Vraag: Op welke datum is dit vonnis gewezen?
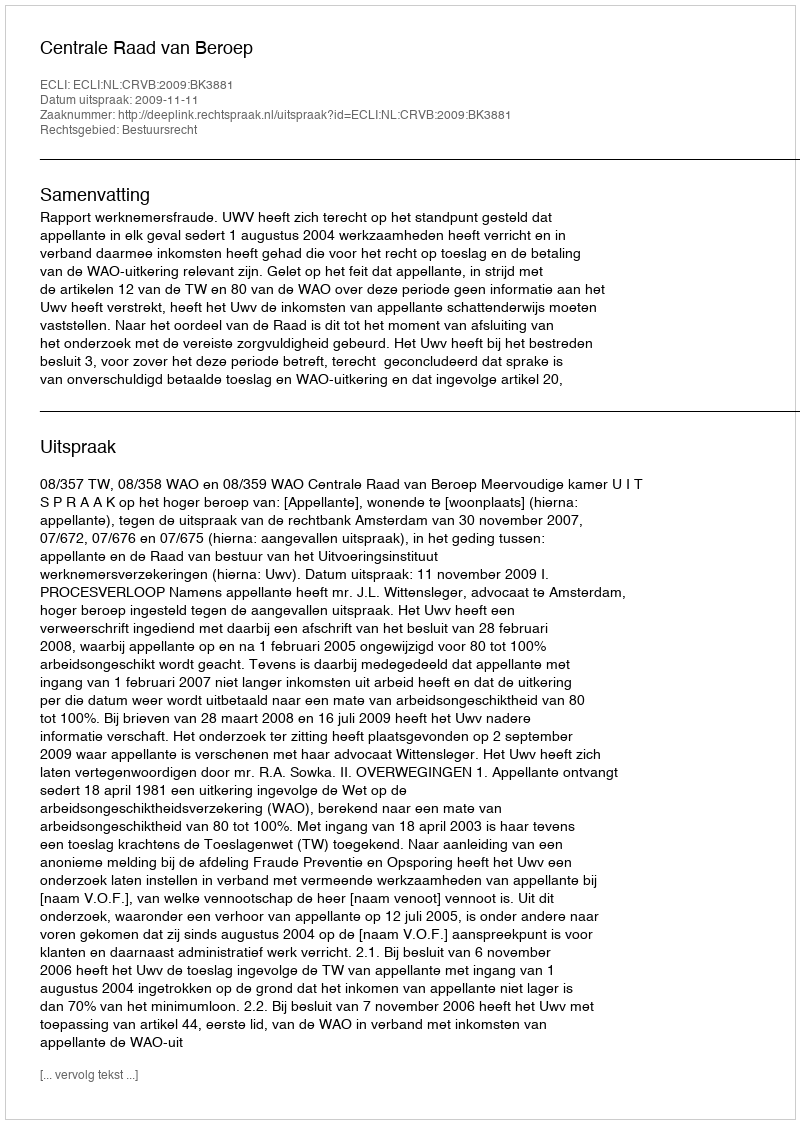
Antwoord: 2009-11-11